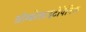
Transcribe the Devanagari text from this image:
थ्रोम्बोकाइटोपेनिक